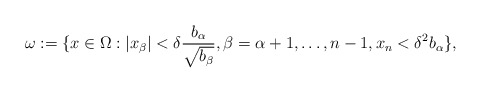
\begin{align*}\omega := \{x \in \Omega: |x_\beta| < \delta \frac{b_\alpha}{\sqrt{b_\beta}}, \beta = \alpha + 1, \ldots, n-1, x_n < \delta^2 b_\alpha\},\end{align*}